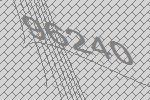
96240